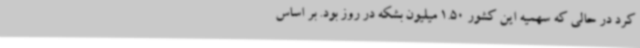
کرد در حالی که سهمیه این کشور 1.50 میلیون بشکه در روز بود. بر اساس